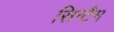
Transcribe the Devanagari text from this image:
सिन्टैम